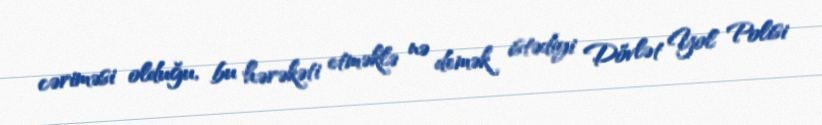
cəriməsi olduğu, bu hərəkəti etməklə nə demək istədiyi Dövlət Yol Polisi